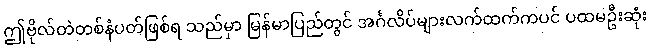
ဤဗိုလ်တဲတစ်နံပတ်ဖြစ်ရ သည်မှာ မြန်မာပြည်တွင် အင်္ဂလိပ်များလက်ထက်ကပင် ပထမဦးဆုံး